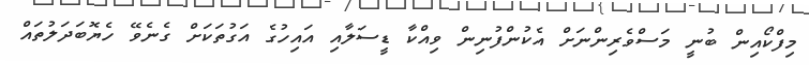
މިފްކޯއިން ބުނީ މަސްވެރިންނަށް އެކުންފުނިން ވިއްކާ ޑީސަލާއި އައިހުގެ އަގުތަކަށް ގެނެވޭ ހެޔޮބަދަލުތައް